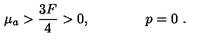
\mu _ { a } > { \frac { 3 F } { 4 } } > 0 , \qquad \qquad p = 0 \ .